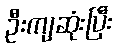
ဦးကျဆုံးပြီး